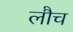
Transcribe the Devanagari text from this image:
लौच